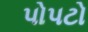
પોપટો